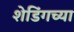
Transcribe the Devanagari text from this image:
शेडिंगच्या